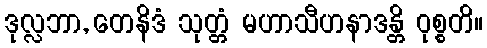
ဒုလ္လဘာ, တေနိဒံ သုတ္တံ မဟာသီဟနာဒန္တိ ဝုစ္စတိ။